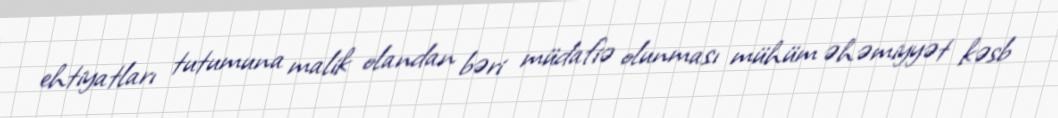
ehtiyatları tutumuna malik olandan bəri müdafiə olunması mühüm əhəmiyyət kəsb